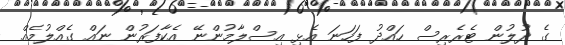
ގެ ދުލުން ޓެރެރިސް ހައްދު ފަހަނަ އެޅި އިސްލާމުންނޭ އެކާފަރުން ނައް ގެއްލުމެއް